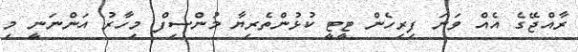
ރާއްޖޭގެ އެއް ވަނަ ފިރިހެން ޓީޓީ ކުޅުންތެރިޔާ މުންސިފް މިހާރު އަންނަނީ މި